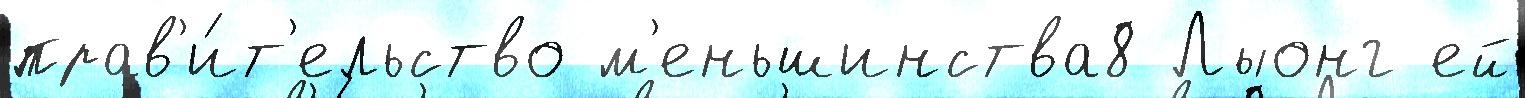
прав'и́т'ельство м'еньшинства8 Лыонг ей